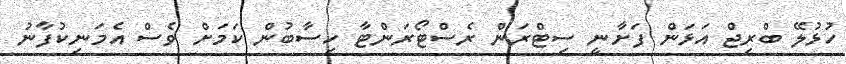
ހުޅުލޭ ބްރިޖް އަޅަން ފަށާނީ ސިޓްރަން ރެސްޓޯރަންޓާ ހިސާބުން ކަމަށް ވެސް އެމަނިކުފާނު